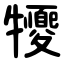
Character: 㹛